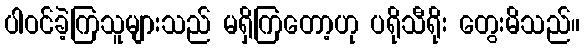
ပါဝင်ခဲ့ကြသူများသည် မရှိကြတော့ဟု ပရိုသီရိုး တွေးမိသည်။